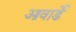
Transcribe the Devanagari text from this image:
आवार्डे